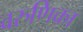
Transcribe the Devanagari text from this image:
वरुणिका